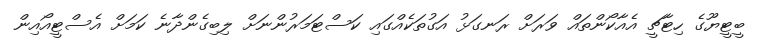
ބީޓީޔޫގެ ހިޓާޗީ އެއާކޯންތައް ވަރަށް ރަނގަޅު އަގުތަކެއްގައި ކަސްޓަމަރުންނަށް ލިބިގެންދާނެ ކަމަށް އެސްޓީއޯއިން